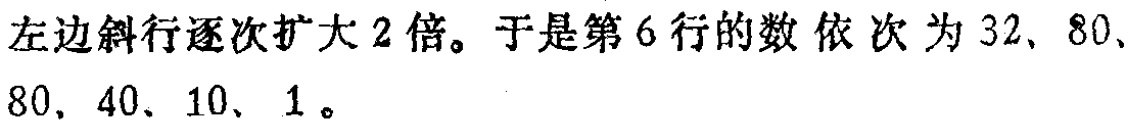
左边斜行逐次扩大 2 倍。于是第 6 行的数 依次为 32、80、80、40、10、1。